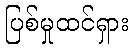
ပြစ်မှုထင်ရှား